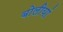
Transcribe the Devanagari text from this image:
बोलीयां